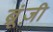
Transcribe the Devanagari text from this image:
ब्रूंज़ी